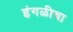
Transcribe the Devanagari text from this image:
इंगळीचा